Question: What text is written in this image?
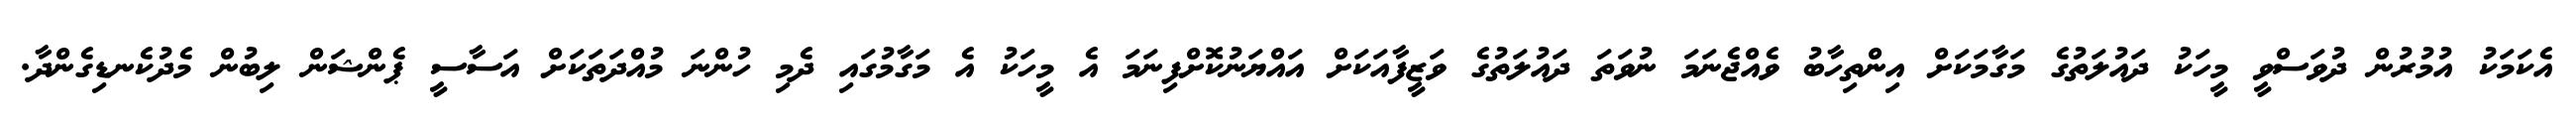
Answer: އެކަމަކު އުމުރުން ދުވަސްވީ މީހަކު ދައުލަތުގެ މަގާމަކަށް އިންތިހާބު ވެއްޖެނަމަ ނުވަތަ ދައުލަތުގެ ވަޒީފާއަކަށް އައްޔަނުކޮށްފިނަމަ އެ މީހަކު އެ މަގާމުގައި ދެމި ހުންނަ މުއްދަތަކަށް އަސާސީ ޕެންޝަން ލިބުން މެދުކެނޑިގެންދާ.